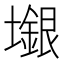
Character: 𱘎